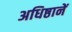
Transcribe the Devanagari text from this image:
अधिष्ठानें